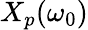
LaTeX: X_{p}(\omega_{0})